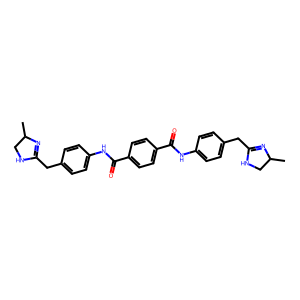
SMILES: CC1CNC(Cc2ccc(NC(=O)c3ccc(C(=O)Nc4ccc(CC5=NC(C)CN5)cc4)cc3)cc2)=N1
Inhibits HIV replication: No